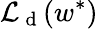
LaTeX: \mathcal{L}_{\mathrm{~d~}}(w^{*})